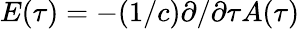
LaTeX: E(\tau)=-(1/c)\partial/\partial\tau A(\tau)